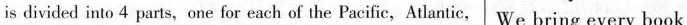
is divided into 4 parts, one for each of the Pacific, Atlantic,We bring every book